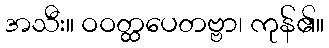
အသီး။ ဝဝတ္ထပေတဗ္ဗာ၊ ကုန်၏။